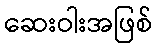
ဆေးဝါးအဖြစ်